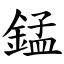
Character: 錳